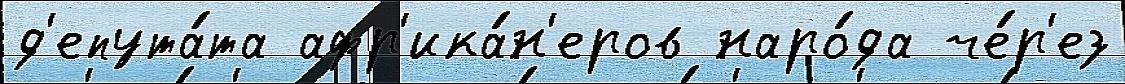
д'епута́та афр'ика́н'еров наро́да че́р'ез